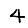
Digit: 4